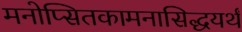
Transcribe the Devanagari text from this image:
मनोप्सितकामनासिद्धयर्थं